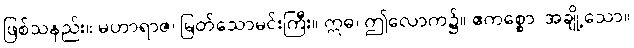
ဖြစ်သနည်း။ မဟာရာဇ၊ မြတ်သောမင်းကြီး။ ဣဓ၊ ဤလောက၌။ ဧကစ္စော၊ အချို့သော။